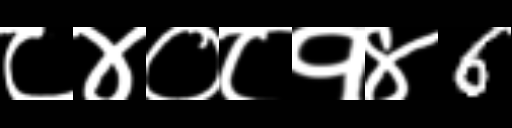
Text: ८४०८१४6